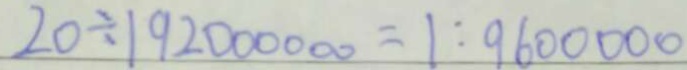
2 0 \div 1 9 2 0 0 0 0 0 0 = 1 : 9 6 0 0 0 0 0